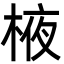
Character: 棭